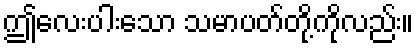
ဤလေးပါးသော သမာပတ်တို့ကိုလည်း။